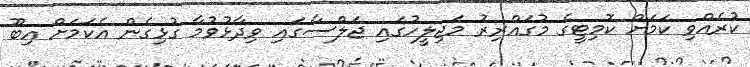
ކުރެއްވި ކަމަށް ކޮމިޓީގެ މުގައްރިރު މަޖިލީހުގައި ޖަލްސާގައި ވިދާޅުވުމާ ގުޅިގެން އެކަމަށް އިބޫ